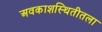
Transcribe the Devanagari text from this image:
अवकाशस्थितीतला